Annual report of the Punjab Veterinary College and of the Civil Veterinary Department, Punjab - 1926-1932
Year: 1926
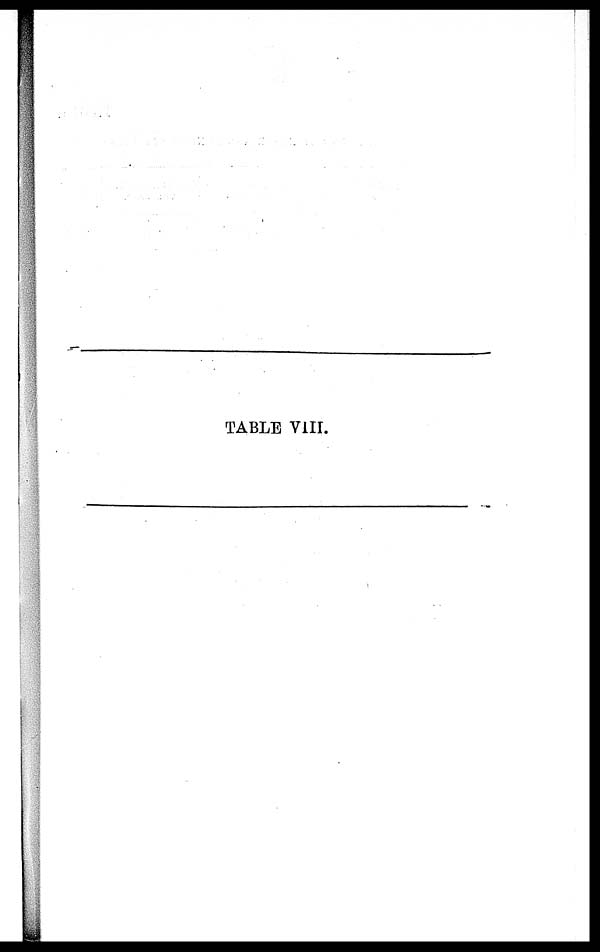
TABLE VIII.